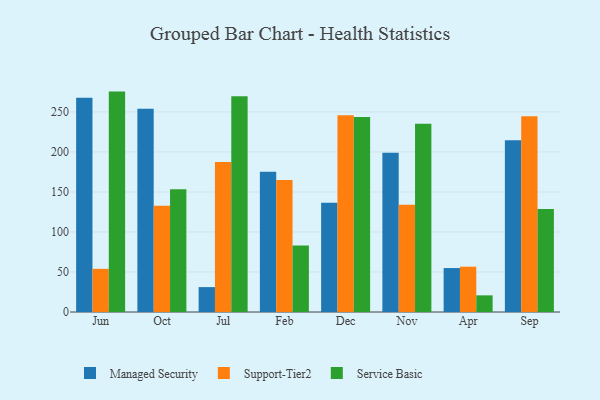
{"axis": {"x": "Month", "y": "Churn Rate (%)"}, "legend": ["Managed Security", "Service Basic", "Support-Tier2"], "data": [{"x": "Jun", "y": 267.7, "type": "Managed Security"}, {"x": "Jun", "y": 53.9, "type": "Support-Tier2"}, {"x": "Jun", "y": 275.4, "type": "Service Basic"}, {"x": "Oct", "y": 254.1, "type": "Managed Security"}, {"x": "Oct", "y": 132.7, "type": "Support-Tier2"}, {"x": "Oct", "y": 153.3, "type": "Service Basic"}, {"x": "Jul", "y": 31.1, "type": "Managed Security"}, {"x": "Jul", "y": 187.5, "type": "Support-Tier2"}, {"x": "Jul", "y": 269.7, "type": "Service Basic"}, {"x": "Feb", "y": 175.4, "type": "Managed Security"}, {"x": "Feb", "y": 165.0, "type": "Support-Tier2"}, {"x": "Feb", "y": 83.0, "type": "Service Basic"}, {"x": "Dec", "y": 136.5, "type": "Managed Security"}, {"x": "Dec", "y": 245.8, "type": "Support-Tier2"}, {"x": "Dec", "y": 243.6, "type": "Service Basic"}, {"x": "Nov", "y": 199.0, "type": "Managed Security"}, {"x": "Nov", "y": 134.1, "type": "Support-Tier2"}, {"x": "Nov", "y": 235.3, "type": "Service Basic"}, {"x": "Apr", "y": 54.9, "type": "Managed Security"}, {"x": "Apr", "y": 56.6, "type": "Support-Tier2"}, {"x": "Apr", "y": 20.8, "type": "Service Basic"}, {"x": "Sep", "y": 214.7, "type": "Managed Security"}, {"x": "Sep", "y": 244.7, "type": "Support-Tier2"}, {"x": "Sep", "y": 128.7, "type": "Service Basic"}]}